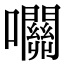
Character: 𡅭